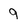
Character: 9